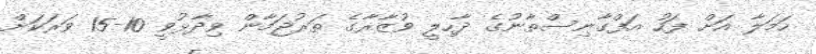
ހަމަލާ އަށް ފަހު އަފްގާނިސްތާނުގެ ދާހިލީ ވުޒާރާގެ ތަރުޖަމާން ވިދާޅުވީ 10-15 ވަރަކަށް